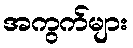
အကွက်များ